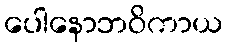
ပေါနောဘဝိကာယ